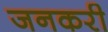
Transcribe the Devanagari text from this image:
जनकरी